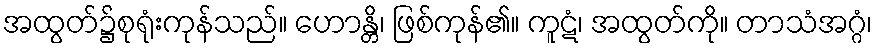
အထွတ်၌စုရုံးကုန်သည်။ ဟောန္တိ၊ ဖြစ်ကုန်၏။ ကူဋံ၊ အထွတ်ကို။ တာသံအဂ္ဂံ၊